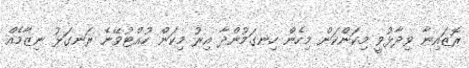
ރޮޒައިނާ ވިދާޅުވީ މިކަންކަން މިހެން ހިނގަމުންދާ އިރު މިކަން ހުއްޓުވޭނެ ރަނގަޅު ނިޒާމެއް